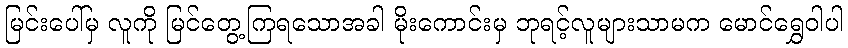
မြင်းပေါ်မှ လူကို မြင်တွေ့ကြရသောအခါ မိုးကောင်းမှ ဘုရင့်လူများသာမက မောင်ရွှေဝါပါ